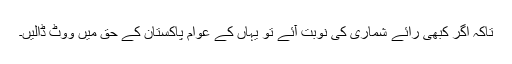
تاکہ اگر کبھی رائے شماری کی نوبت آئے تو یہاں کے عوام پاکستان کے حق میں ووٹ ڈالیں۔